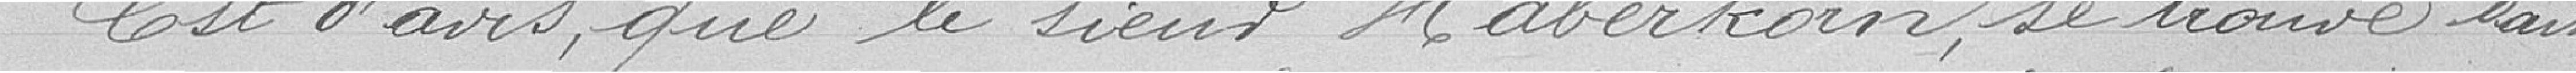
Est d'avis que le sieur Haberkorn se trouve dans